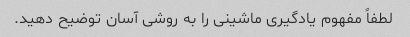
لطفاً مفهوم یادگیری ماشینی را به روشی آسان توضیح دهید.